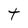
Character: t